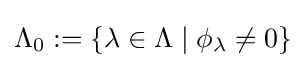
\Lambda _{0}:=\lbrace \lambda \in \Lambda \mid \phi _{\lambda }\neq 0\rbrace